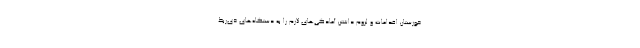
خوزستان اقدامات و لزوم داشتن آمادگی‌های لازم را به دستگاه‌های ذی‌ربط